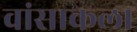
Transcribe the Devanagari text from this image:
वांसाकला